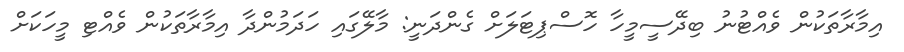
އިމާރާތަކުން ވެއްޓުނު ބިދޭސީމީހާ ހޮސްޕިޓަލަށް ގެންދަނީ: މާލޭގައި ހަދަމުންދާ އިމާރާތަކުން ވެއްޓި މީހަކަށް